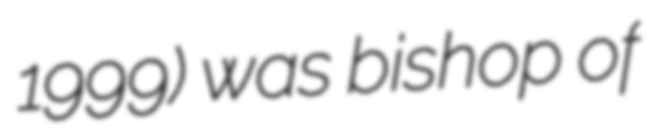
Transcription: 1999) was bishop of